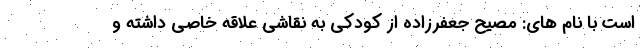
است با نام های: مصیح جعفرزاده از کودکی به نقاشی علاقه خاصی داشته و